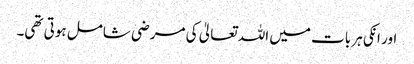
اور انکی ہر بات میں اللہ تعالیٰ کی مرضی شامل ہوتی تھی۔